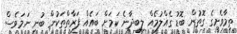
ތިމާވެށީގެ ގޮތުން ބޮޑު ގެއްލުމެއް ލިބިދާނެ ކަމަށް ބައެއް ފަރާތްތަކުން ބުނި ނަމަވެސް